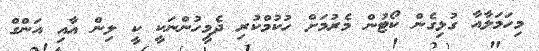
މިހަމަލާއާ ގުޅިގެން ކޯޓުން މެރުމަށް ހުކުމްކުރި ދެމީހުންނަކީ ކީ ލިން އާއި އަންގް